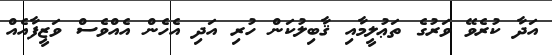
އަދާ ކުރެވޭ ވަރުގެ ތަޢުލީމާއި ޤާބިލުކަން ހުރި އަދި އެހެން އެއްވެސް ވަޒީފާއެއް